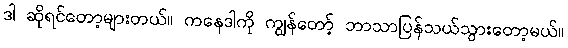
ဒါ ဆိုရင်တော့များတယ်။ ကနေဒါကို ကျွန်တော့် ဘာသာပြန်သယ်သွားတော့မယ်။